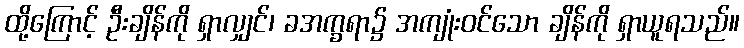
ထို့ကြောင့် ဦးချိန်ကို ရှာလျှင်၊ ခအက္ခရာ၌ အကျုံးဝင်သော ချိန်ကို ရှာယူရသည်။